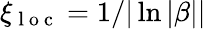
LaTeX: \xi_{\mathrm{~l~o~c~}}=1/|\ln|\beta||